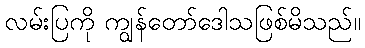
လမ်းပြကို ကျွန်တော်ဒေါသဖြစ်မိသည်။